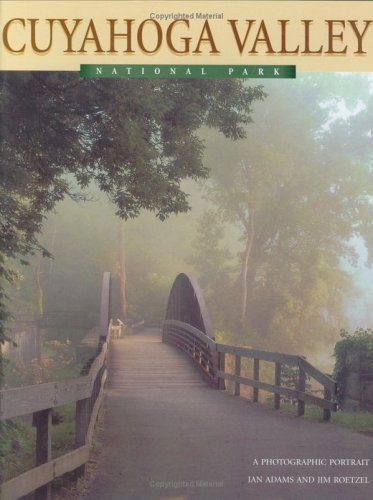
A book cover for The Cuyahoga Valley National Park: A Photographic Portrait; Ian Adams; Travel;